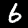
Label: 6